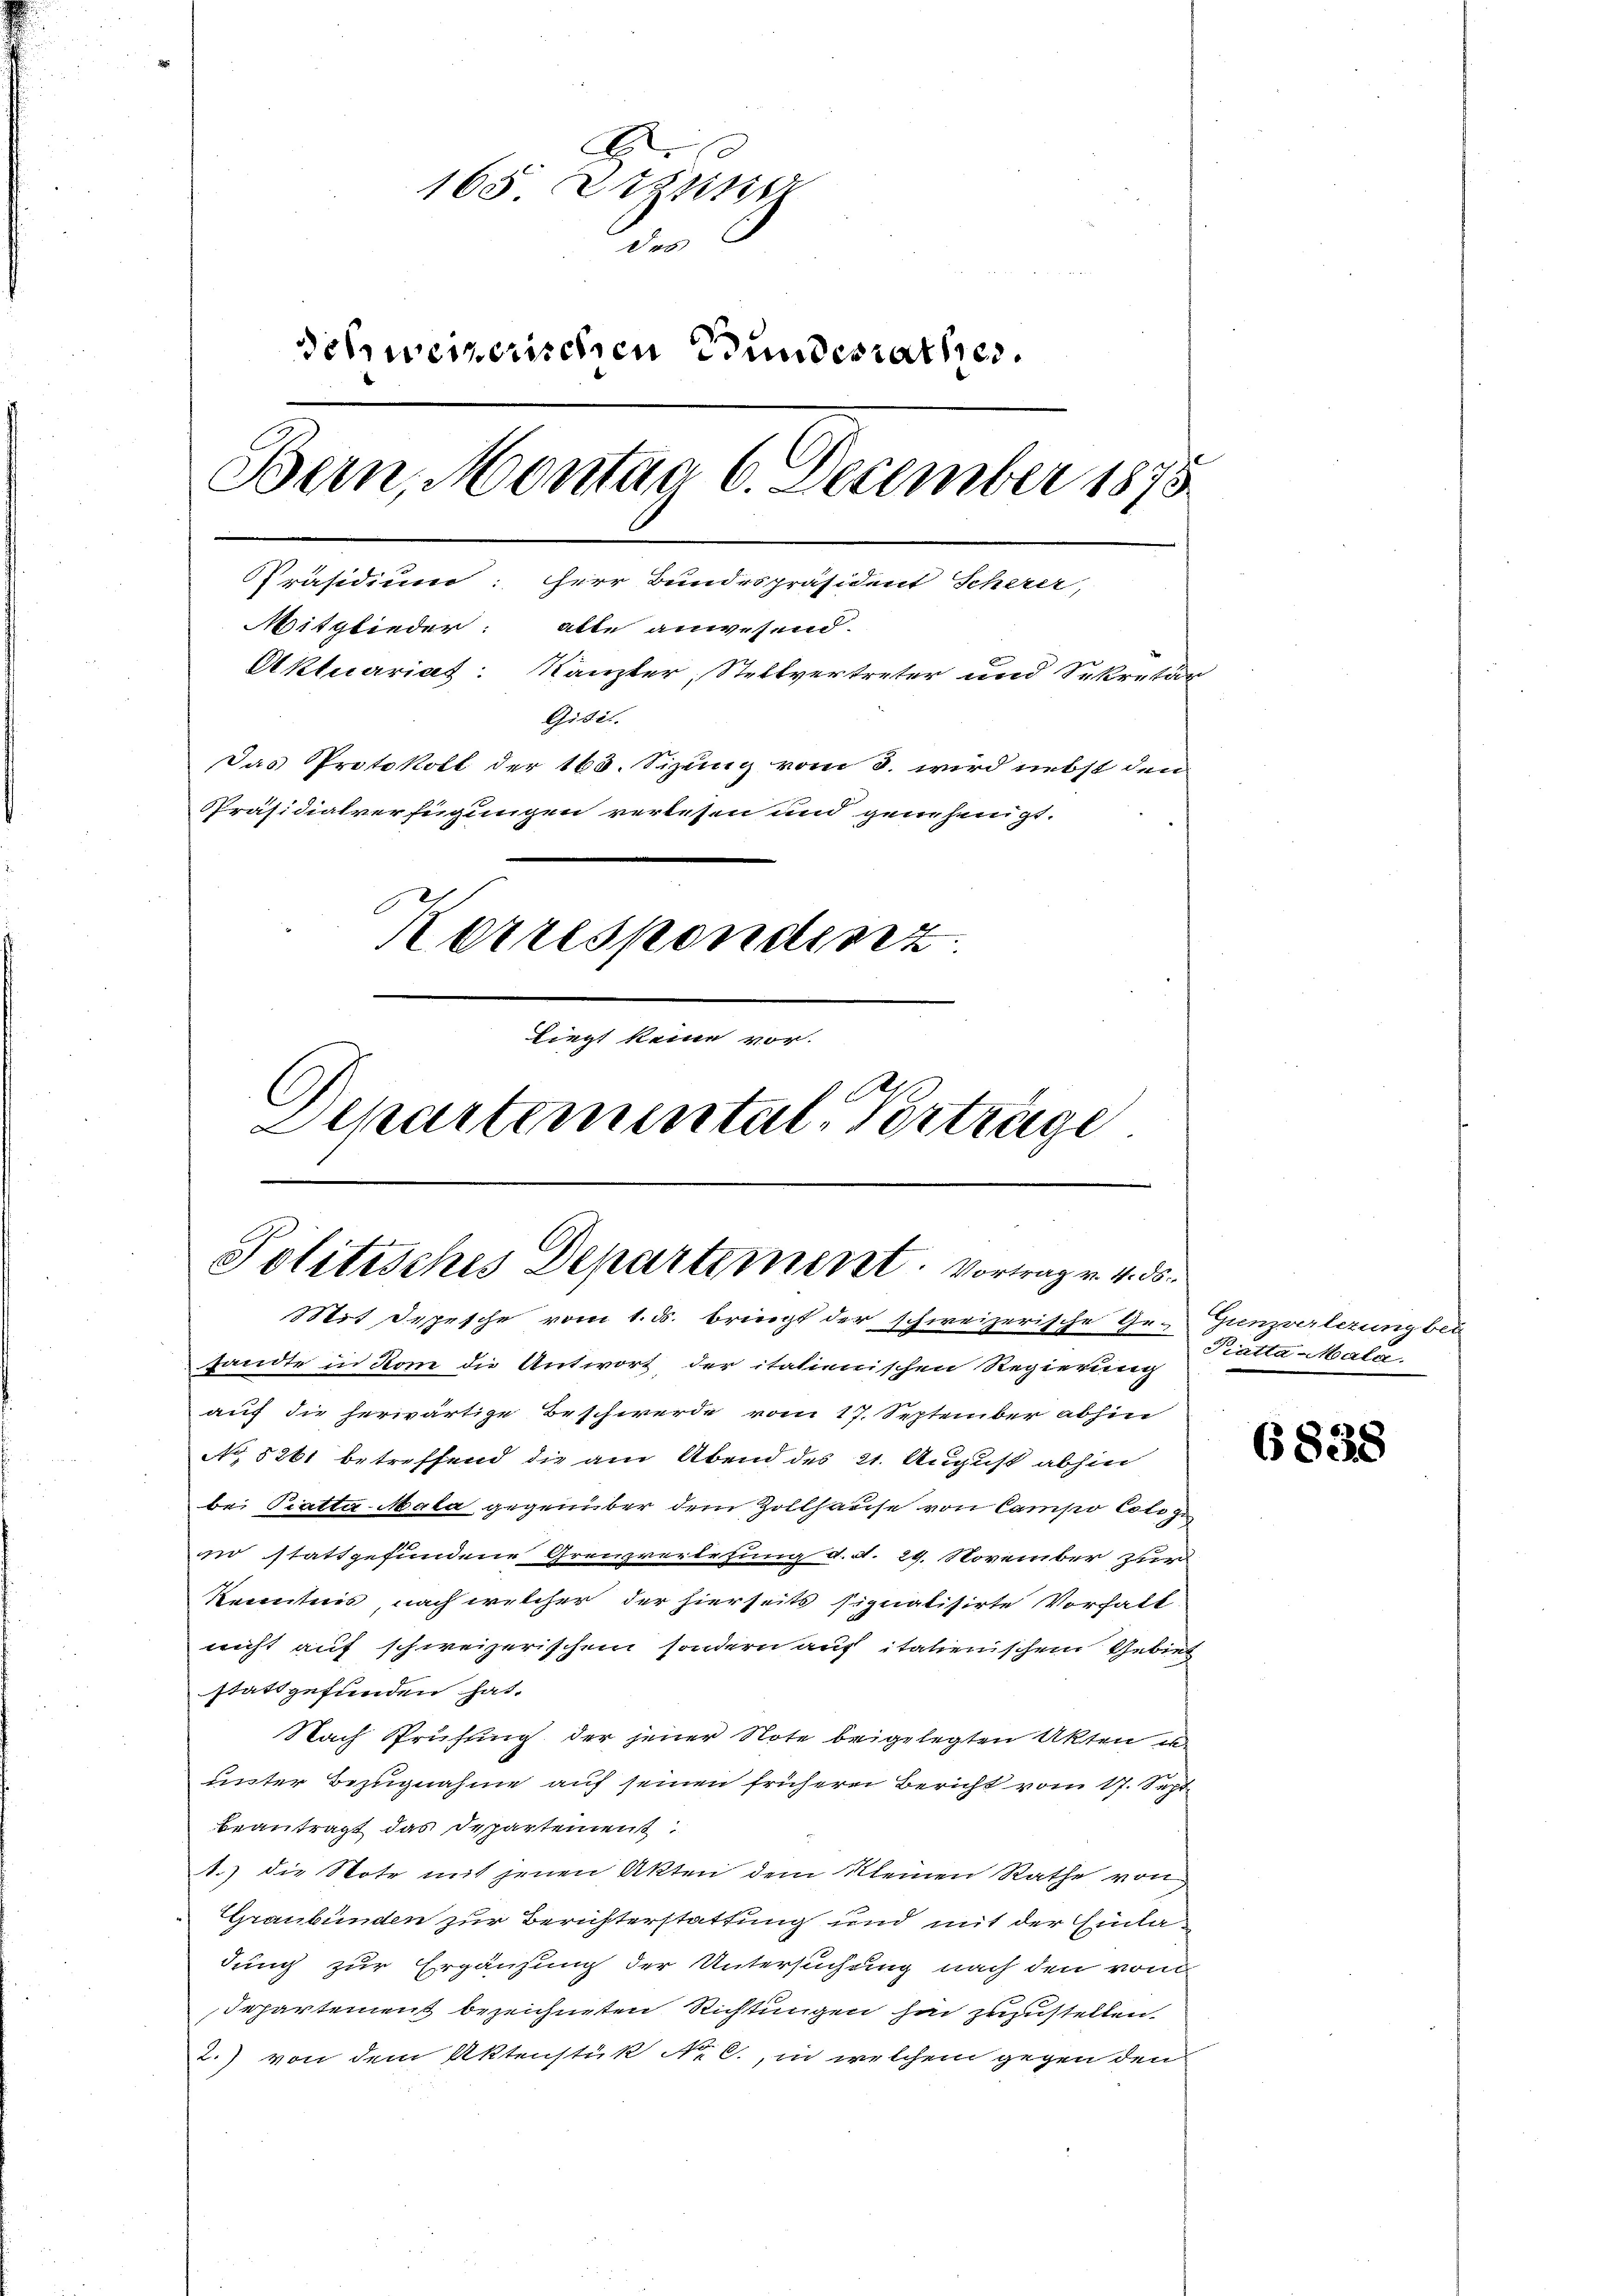
165 Erzie
des
Schweizerischen Bundesrathes.
Bern, Montag 6. December 1875
Präsidium: Herr Bundespräsident Scherer,
Mitglieder: alle anwesend.
Aktuariat: Kanzler, Stellvertreter und Sekretär
Giti.
Das Protokoll der 160. Sizung vom 3. wird nebst den
Präsidialverfügungen verlesen und genehmigt.
Korrespondisz
liegt keine vor.
Departemental-Verträge

J
Politisches Departement. Vortrag v. 4. ds.

Mit Depesche vom 1. ds. bringt der schweizerische Ge-Grenzverlezung bei
sandte in Rom die Antwort der italienischen Regierung
auf die herwärtige Beschwerde vom 17. September abhin
Ao 8261 betreffend die am Abend des 21. August abhin
bei Pratta-Mala gegenüber dem Zollhause von Campo Cotogr
no stattgefundene Grenzverlesung d. d. 29. November zur
Kenntnis nach welcher der hierseits signatisirte Vorhalt
nicht auf schweizerischem sondern auf italienischem Gebiet
stattgefunden hat.
Nach Prüfung der jener Note beigelegten Akten un
unter Bezugnahme auf seinen frühere Bericht vom 17. Sept
beantragt das Departement
1.) die Note mit jenen Akten dem Kleinen Rathe von
Graubünden zur Berichterstattung und mit der Einladung zur Ergänzung der Untersuchung nach den von
departement bezeichneten Richtungen hin zuzustellen.
2.) von dem Aktenstük No C., in welchem gegen dem

Pratta Mala.

6838